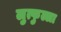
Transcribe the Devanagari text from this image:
लुत्फुल्ला